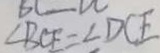
\angle B C E = \angle D C E